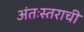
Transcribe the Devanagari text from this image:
अंतःस्तराची